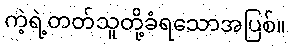
ကဲ့ရဲ့တတ်သူတို့ခံရသောအပြစ်။